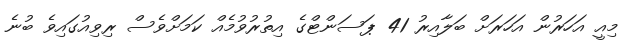
މިއީ އަހަރުން އަހަރަށް ބަލާއިރު 41 ޕަސަންޓްގެ އިތުރުވުމެއް ކަމަށްވެސް ރިވިއުގައިވެ ބުނެ